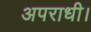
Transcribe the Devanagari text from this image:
अपराधी।